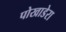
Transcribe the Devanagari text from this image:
पोखाडेरा